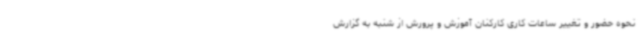
نحوه حضور و تغییر ساعات کاری کارکنان آموزش و پرورش از شنبه به گزارش